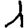
Digit: 1